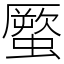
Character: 蟨